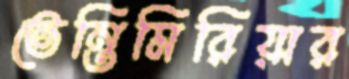
ভেন্তিমিরিয়ার